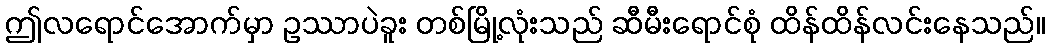
ဤလရောင်အောက်မှာ ဥဿာပဲခူး တစ်မြို့လုံးသည် ဆီမီးရောင်စုံ ထိန်ထိန်လင်းနေသည်။